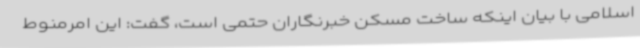
اسلامی با بیان اینکه ساخت مسکن خبرنگاران حتمی است، گفت: این امرمنوط